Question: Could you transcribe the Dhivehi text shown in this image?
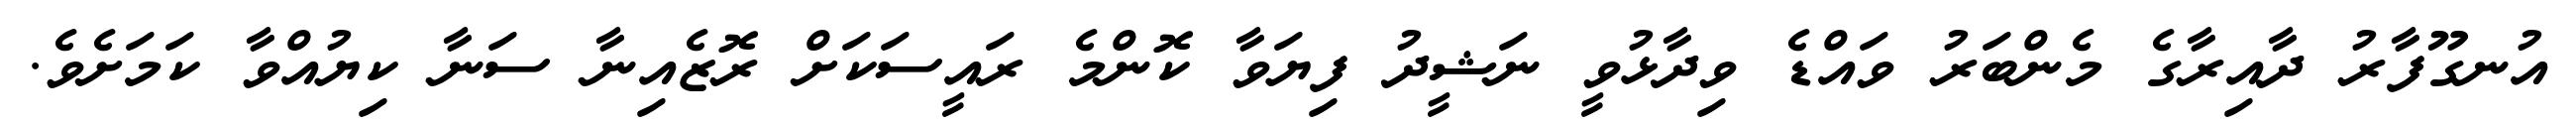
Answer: އުނގޫފާރު ދާއިރާގެ މެންބަރު ވައްޑެ ވިދާޅުވީ ނަޝީދު ފިޔަވާ ކޮންމެ ރައީސަކަށް ރޮޒެއިނާ ސަނާ ކިޔުއްވާ ކަމަށެވެ.